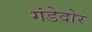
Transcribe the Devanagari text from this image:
गंडेदोर